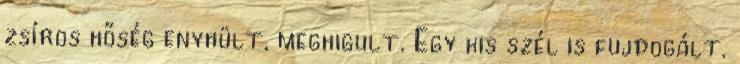
zsíros hőség enyhült, meghigult. Egy kis szél is fujdogált.